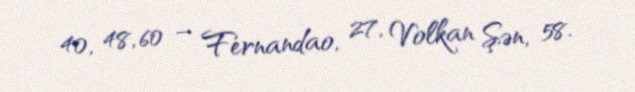
40, 48, 60 – Fernandao, 27, Volkan Şən, 58.